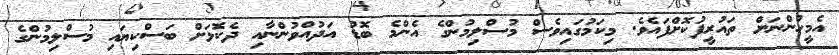
އެމީހުންނަށް ތައުރީފުކޮށްފައެވެ. މިކަމުގައިވެސް މުސްލިމުންގެ އެންމެ ބޮޑު އަދުއްވުންނާއި ދެކޮޅަށް ބަސްކިޔައި މުސްލިމުންގެ